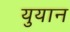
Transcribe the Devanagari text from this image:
युयान